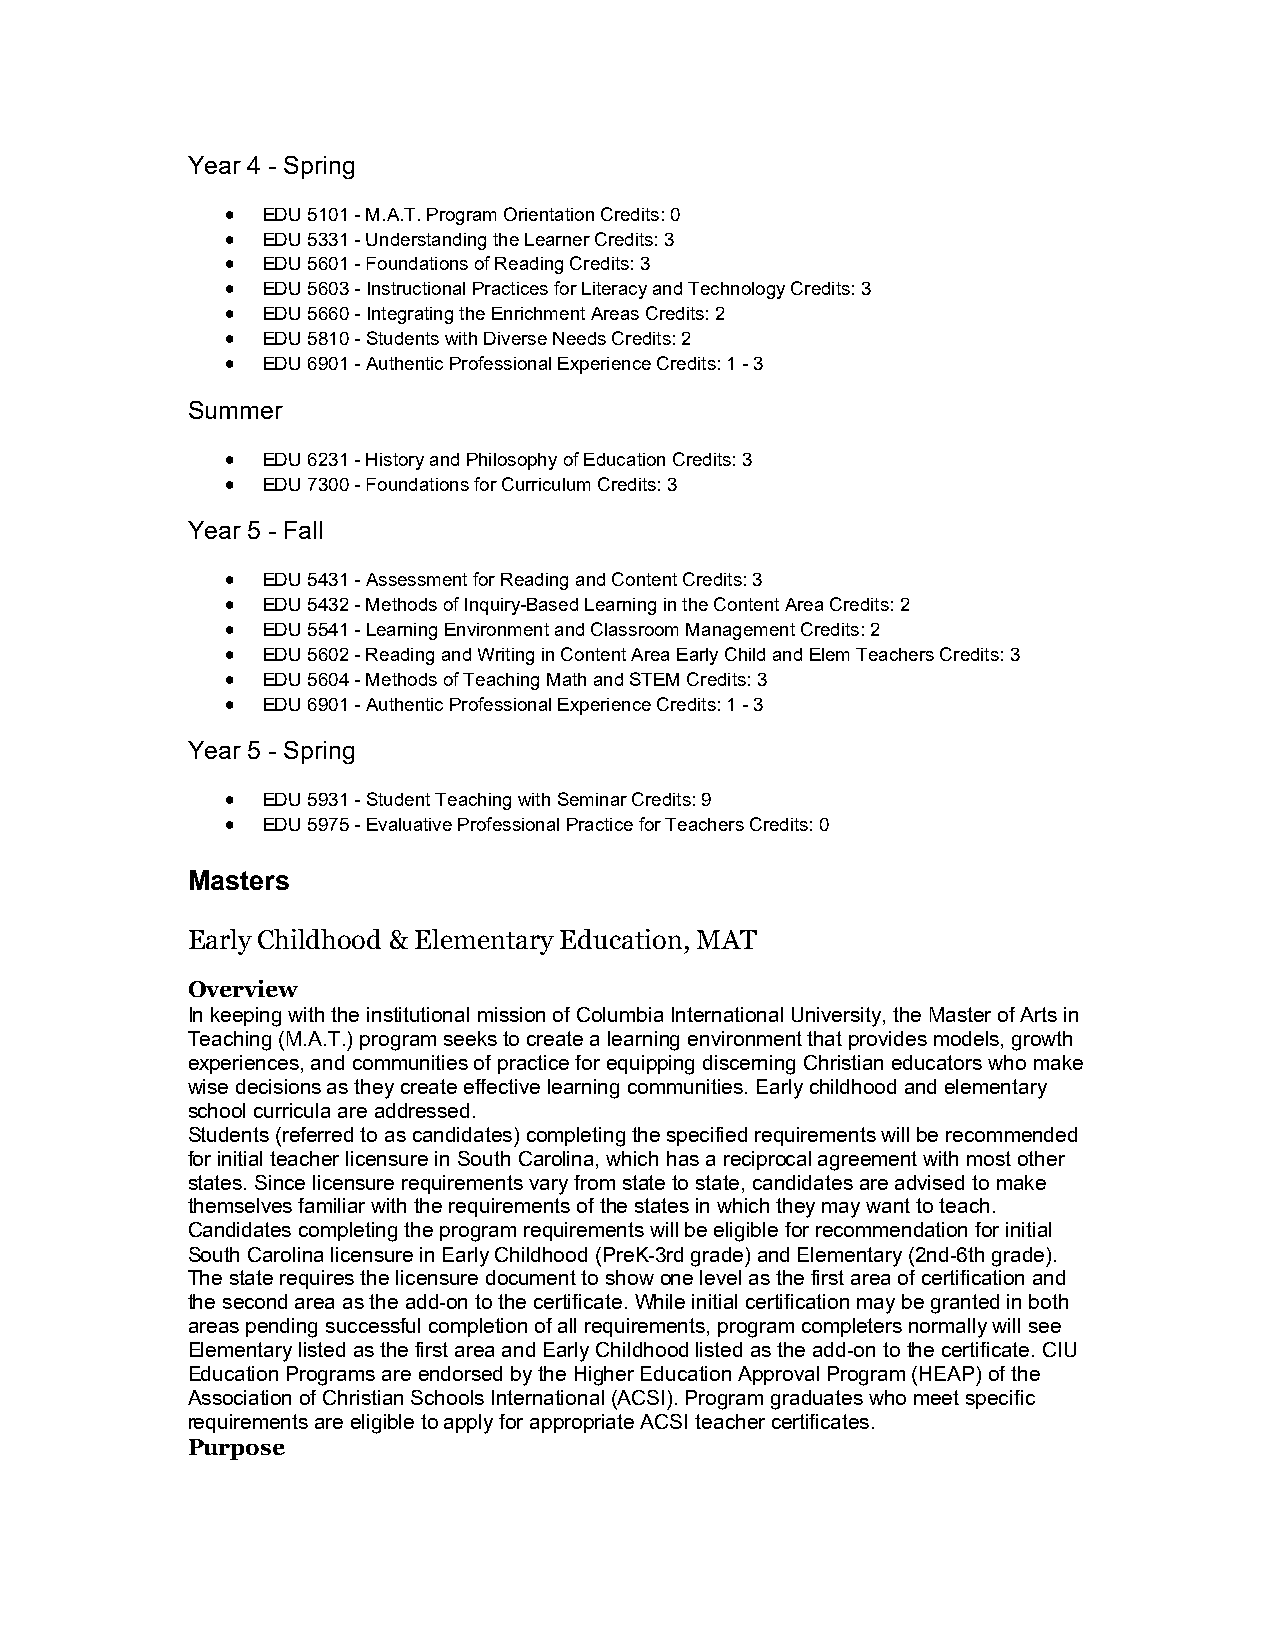
Year 4 - Spring
  EDU 5101 - M.A.T. Program Orientation Credits: 0
  EDU 5331 - Understanding the Learner Credits: 3
  EDU 5601 - Foundations of Reading Credits: 3
  EDU 5603 - Instructional Practices for Literacy and Technology Credits: 3
  EDU 5660 - Integrating the Enrichment Areas Credits: 2
  EDU 5810 - Students with Diverse Needs Credits: 2
  EDU 6901 - Authentic Professional Experience Credits: 1 - 3
 Summer
  EDU 6231 - History and Philosophy of Education Credits: 3
  EDU 7300 - Foundations for Curriculum Credits: 3
 Year 5 - Fall
  EDU 5431 - Assessment for Reading and Content Credits: 3
  EDU 5432 - Methods of Inquiry-Based Learning in the Content Area Credits: 2
  EDU 5541 - Learning Environment and Classroom Management Credits: 2
  EDU 5602 - Reading and Writing in Content Area Early Child and Elem Teachers Credits: 3
  EDU 5604 - Methods of Teaching Math and STEM Credits: 3
  EDU 6901 - Authentic Professional Experience Credits: 1 - 3
 Year 5 - Spring
  EDU 5931 - Student Teaching with Seminar Credits: 9
  EDU 5975 - Evaluative Professional Practice for Teachers Credits: 0
 Masters
 Early Childhood & Elementary Education, MAT
 Overview
 In keeping with the institutional mission of Columbia International University, the Master of Arts in
 Teaching (M.A.T.) program seeks to create a learning environment that provides models, growth
 experiences, and communities of practice for equipping discerning Christian educators who make
 wise decisions as they create effective learning communities. Early childhood and elementary
 school curricula are addressed.
 Students (referred to as candidates) completing the specified requirements will be recommended
 for initial teacher licensure in South Carolina, which has a reciprocal agreement with most other
 states. Since licensure requirements vary from state to state, candidates are advised to make
 themselves familiar with the requirements of the states in which they may want to teach.
 Candidates completing the program requirements will be eligible for recommendation for initial
 South Carolina licensure in Early Childhood (PreK-3rd grade) and Elementary (2nd-6th grade).
 The state requires the licensure document to show one level as the first area of certification and
 the second area as the add-on to the certificate. While initial certification may be granted in both
 areas pending successful completion of all requirements, program completers normally will see
 Elementary listed as the first area and Early Childhood listed as the add-on to the certificate. CIU
 Education Programs are endorsed by the Higher Education Approval Program (HEAP) of the
 Association of Christian Schools International (ACSI). Program graduates who meet specific
 requirements are eligible to apply for appropriate ACSI teacher certificates.
 Purpose